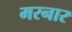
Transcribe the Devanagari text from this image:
मरनार